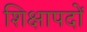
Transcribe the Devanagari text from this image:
शिक्षापदों